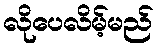
လိုပေလိမ့်မည်